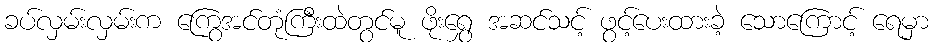
ခပ်လှမ်းလှမ်းက ကြွေအင်တုံကြီးထဲတွင်မူ ဖိုးရွှေ အဆင်သင့် ဖွင့်ပေးထားခဲ့ သောကြောင့် ရေမှာ